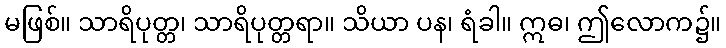
မဖြစ်။ သာရိပုတ္တ၊ သာရိပုတ္တရာ။ သိယာ ပန၊ ရံခါ။ ဣဓ၊ ဤလောက၌။